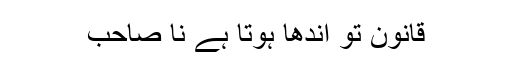
قانون تو اندھا ہوتا ہے نا صاحب